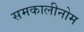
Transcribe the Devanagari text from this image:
समकालीनोम